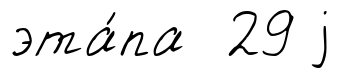
эта́па 29 j